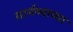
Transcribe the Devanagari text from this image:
सार्मथ्याच्या